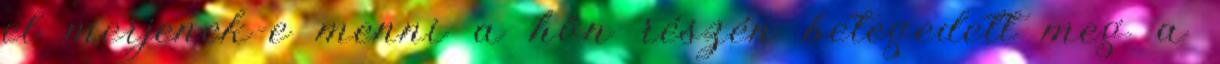
el merjenek-e menni a hőn részén betegedett meg a